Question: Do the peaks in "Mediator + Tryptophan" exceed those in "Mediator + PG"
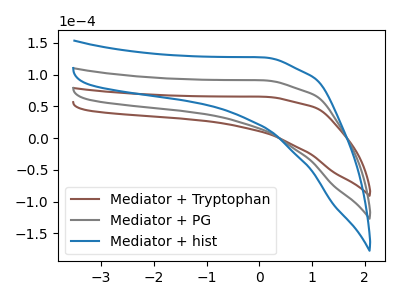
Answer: <think>The brown curve "Mediator + Tryptophan" has no peaks. The gray curve "Mediator + PG" has no peaks. The blue curve "Mediator + hist" has no peaks.</think>
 <answer>Niether CV has any peaks.</answer>
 <eval>blanks</eval>